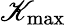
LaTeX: \mathscr{K}_{\mathrm{{max}}}